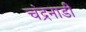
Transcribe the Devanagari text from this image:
चंद्रनाडी